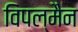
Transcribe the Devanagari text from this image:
विपल्मैन